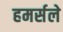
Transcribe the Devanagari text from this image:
हमर्सले